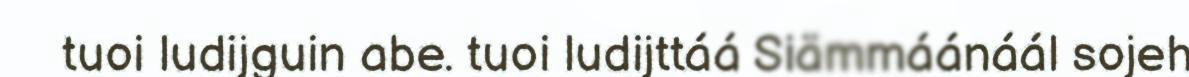
tuoi ludijguin abe. tuoi ludijttáá Siämmáánáál sojeh